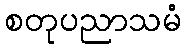
စတုပညာသမံ